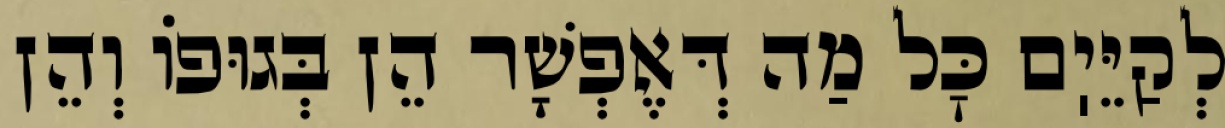
לְקַיֵּיֽם כׇּל מַה דְּאֶפְשָׁר הֵן בְּגוּפוֹ וְהֵן